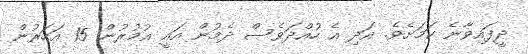
ދީފައިވާނެ ކަމަށެވެ. އަދި އެ ހުއްދަވެސް ދެމުން އައީ އުމުރުން 15 އަހަރުން